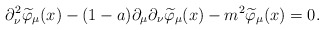
\begin{align*}\partial_\nu^2\widetilde{\varphi}_{\mu}(x)-(1-a)\partial _\mu\partial_\nu\widetilde{\varphi}_\mu (x)-m^2\widetilde{\varphi}_\mu (x)=0 .\end{align*}